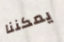
يمكننا